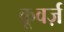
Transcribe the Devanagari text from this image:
कूवर्ज़